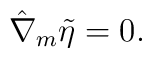
\hat{\nabla}_{m}\tilde{\eta}=0.